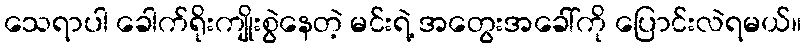
သေရာပါ ခေါက်ရိုးကျိုးစွဲနေတဲ့ မင်းရဲ့ အတွေးအခေါ်ကို ပြောင်းလဲရမယ်။